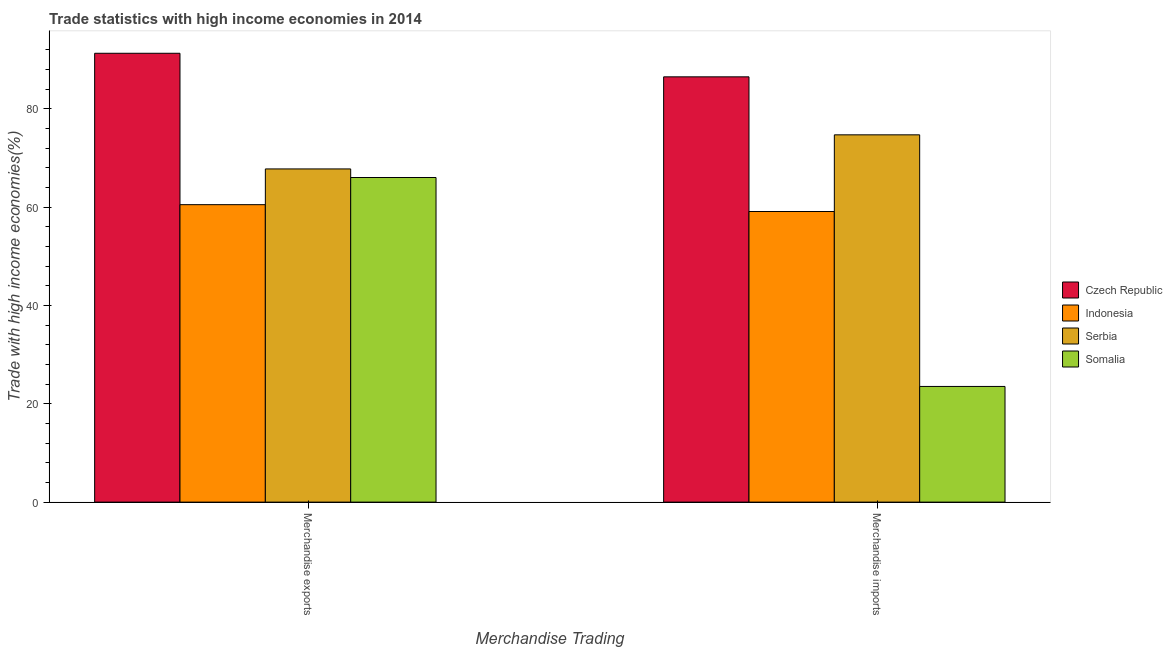
| Merchandise Trading | Czech Republic | Indonesia | Serbia | Somalia |
 | --- | --- | --- | --- | --- |
 | Merchandise exports | 91.3 | 60.5 | 67.8 | 66 |
 | Merchandise imports | 86.5 | 59.1 | 74.7 | 23.5 |